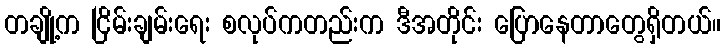
တချို့က ငြိမ်းချမ်းရေး စလုပ်ကတည်းက ဒီအတိုင်း ပြောနေတာတွေရှိတယ်။